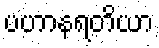
ပဟာနရတိယာ